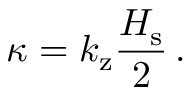
\kappa = k _ { \mathrm { z } } \frac { H _ { \mathrm { s } } } { 2 } \, .